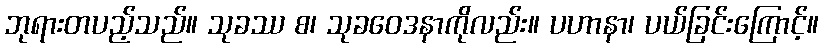
ဘုရားတပည့်သည်။ သုခဿ စ၊ သုခဝေဒနာကိုလည်း။ ပဟာနာ၊ ပယ်ခြင်းကြောင့်။